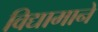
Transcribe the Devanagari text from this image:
विद्यामाने